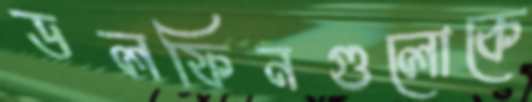
ডলফিনগুলোকে